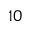
1 0